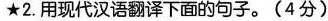
★2.用现代汉语翻译下面的句子。(4分)